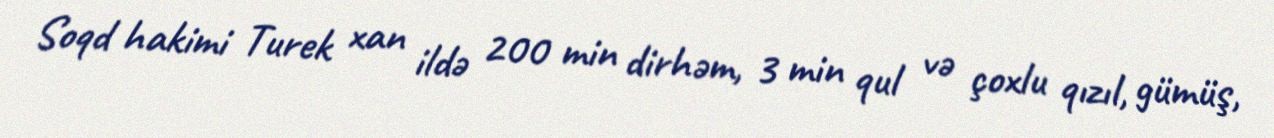
Soqd hakimi Turek xan ildə 200 min dirhəm, 3 min qul və çoxlu qızıl, gümüş,